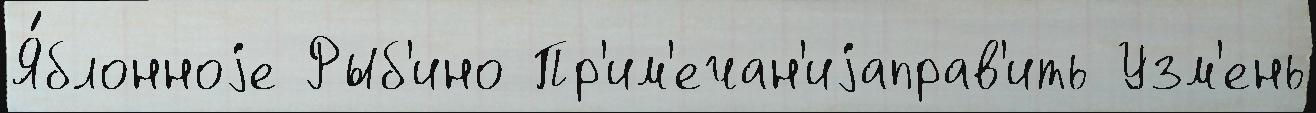
Я́блонноjе Рыб'ино Пр'им'ечан'иjаправ'ить Узм'ень